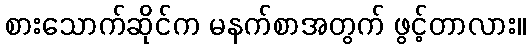
စားသောက်ဆိုင်က မနက်စာအတွက် ဖွင့်တာလား။